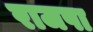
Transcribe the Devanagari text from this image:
राजपा